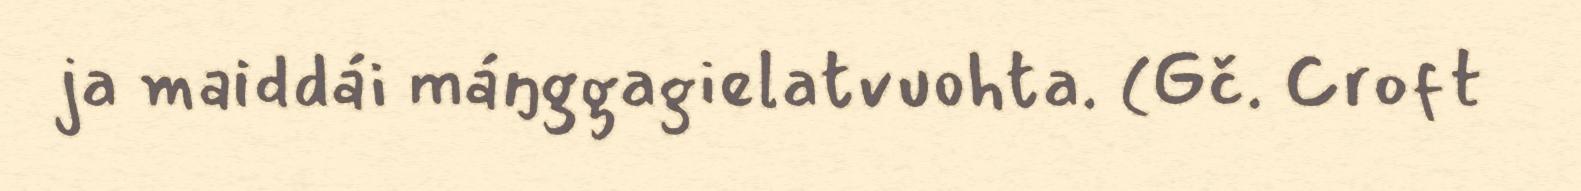
ja maiddái máŋggagielatvuohta. (Gč. Croft